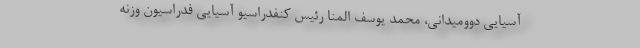
آسیایی دوومیدانی، محمد یوسف المنا رئیس کنفدراسیو آسیایی فدراسیون وزنه